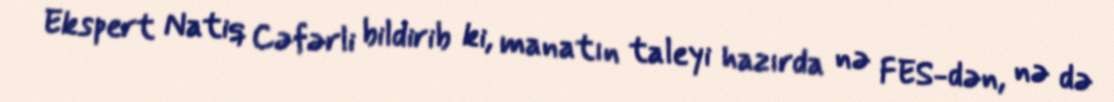
Ekspert Natiq Cəfərli bildirib ki, manatın taleyi hazırda nə FES-dən, nə də